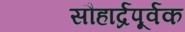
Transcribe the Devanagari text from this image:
सौहार्द्रपूर्वक